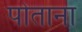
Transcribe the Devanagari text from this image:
पोताना